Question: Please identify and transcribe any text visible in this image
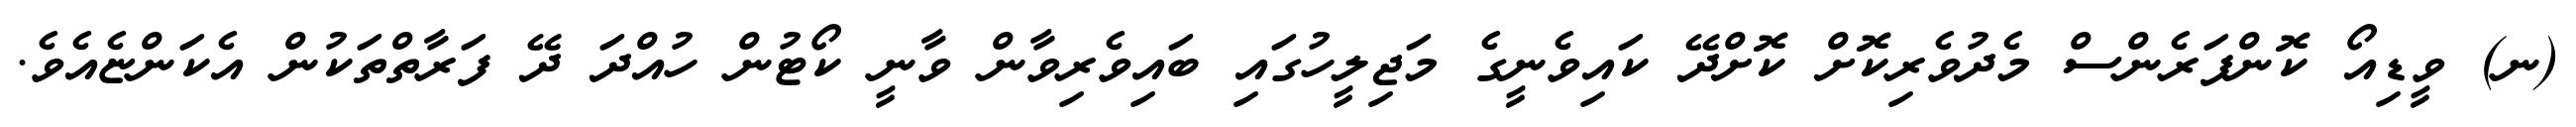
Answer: (ނ) ވީޑިއޯ ކޮންފަރެންސް މެދުވެރިކޮށް ކޮށްދޭ ކައިވެނީގެ މަޖިލީހުގައި ބައިވެރިވާން ވާނީ ކޯޓުން ހުއްދަ ދޭ ފަރާތްތަކުން އެކަންޏެއެވެ.